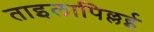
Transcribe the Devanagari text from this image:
ताइलापिल्लई